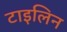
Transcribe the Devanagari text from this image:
टाइलिन